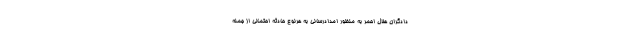
دادگران هلال احمر به منظور امدادرسانی به هرنوع حادثه احتمالی از جمله